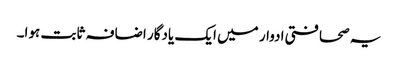
یہ صحافتی ادوار میں ایک یادگار اضافہ ثابت ہوا۔